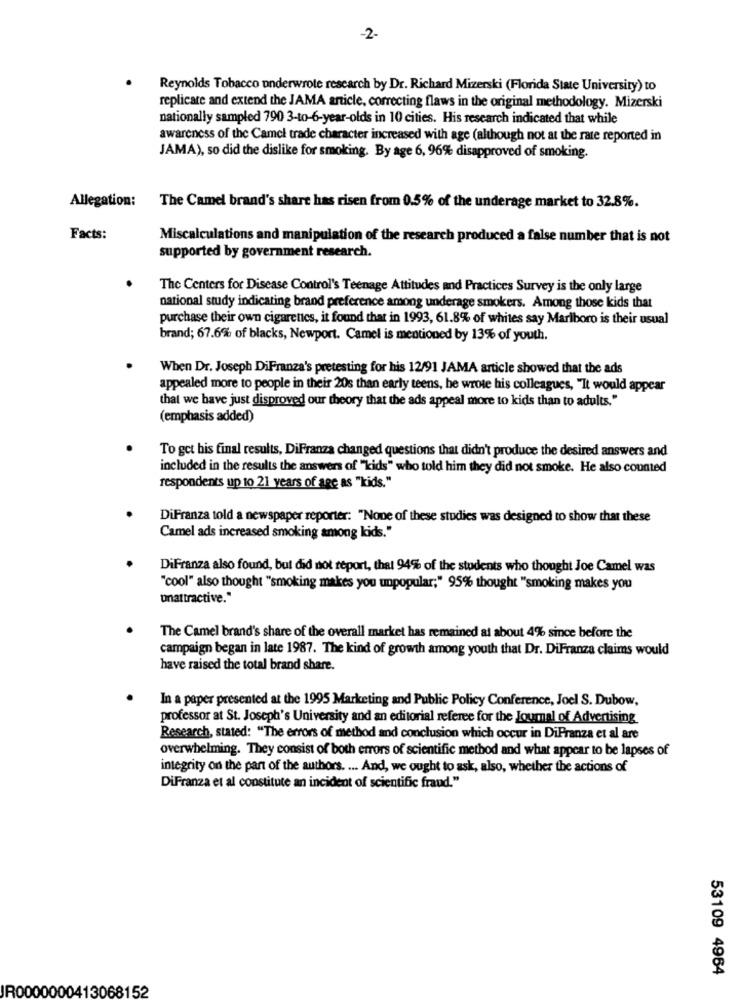
-2-
Reynolds Tobacco underwrote research by Dr. Richard Mizerski (Florida State University) to
replicare and extend the JAMA article, correcting flaws in the original methodology. Mizerski
nationally sampled 790 3-to-6-year-olds in 10 cities. His research indicated that while
awareness of the Camel trade character increased with age (although not at the rate reported in
JAMA), so did the dislike for smoking. By age 6, 96% disapproved of smoking.
Allegation:
The Camel brand's share has risen from 0.5% of the underage market to 32.8%.
Facts:
Miscalculations and manipulation of the research produced a false number that is not
supported by government research.
The Centers for Disease Control's Teenage Attitudes and Practices Survey is the only large
national study indicating brand preference among underage smokers. Among those kids that
purchase their own cigarettes, it found that in 1993, 61.8% of whites say Marlboro is their usual
brand; 67.6% of blacks, Newport. Camel is mentioned by 13% of youth.
When Dr. Joseph DiFranza's pretesting for his 12/91 JAMA article showed that the ads
appealed more to people in their 20s than early teens, he wrote his colleagues, "It would appear
that we have just disproved our theory that the ads appeal more to kids than to adults."
(emphasis added)
To get his final results, DiFranza changed questions that didn't produce the desired answers and
included in the results the answers of "kids" who told him they did not smoke. He also counted
respondents up to 21 years of arc as "kids."
DiFranza told a newspaper reporter: "None of these studies was designed to show that these
Camel ads increased smoking among kids."
DiFranza also found, but did not report, that 94% of the students who thought Joe Camel was
"cool" also thought "smoking makes you unpopular;" 95% thought "smoking makes you
unattractive."
The Camel brand's share of the overall market has remained at about 4% since before the
campaign began in late 1987. The kind of growth among youth that Dr. DiFranza claims would
have raised the total brand share.
In a paper presented at the 1995 Marketing and Public Policy Conference, Joel S. Dubow,
professor at St. Joseph's University and an editorial referee for the Journal of Advertising
Research, stated: "The errors of method and conclusion which occur in DiPranza et al are
overwhelming. They consist of both errors of scientific method and what appear to be lapses of
integrity on the part of the authors. ... And, we ought to ask, also, whether the actions of
DiFranza et al constitute an incident of scientific fraud."
53109 4964
IR0000000413068152